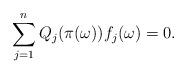
LaTeX: \begin{align*} \sum_{j = 1}^n Q_j(\pi(\omega)) f_j(\omega) = 0 . \end{align*}